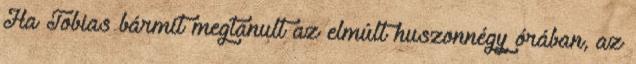
Ha Tobias bármit megtanult az elmúlt huszonnégy órában, az